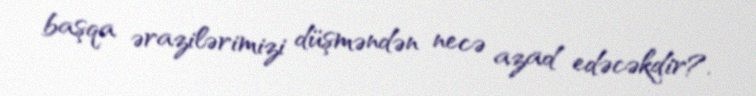
başqa ərazilərimizi düşməndən necə azad edəcəkdir?.